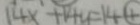
1 4 x + 1 4 y = 1 4 \textcircled { 4 }